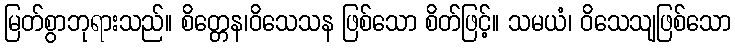
မြတ်စွာဘုရားသည်။ စိတ္တေန၊ဝိသေသန ဖြစ်သော စိတ်ဖြင့်။ သမယံ၊ ဝိသေသျဖြစ်သော